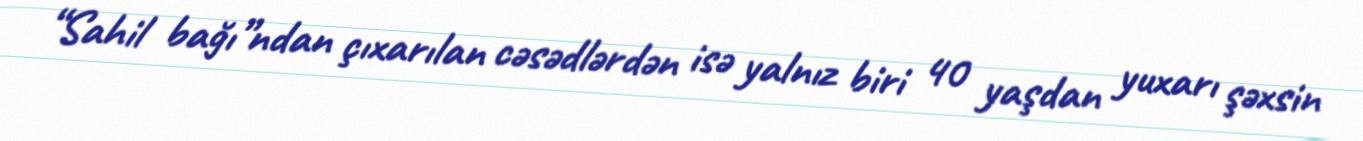
“Sahil bağı”ndan çıxarılan cəsədlərdən isə yalnız biri 40 yaşdan yuxarı şəxsin